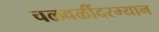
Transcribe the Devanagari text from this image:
चळवळींदरम्यान